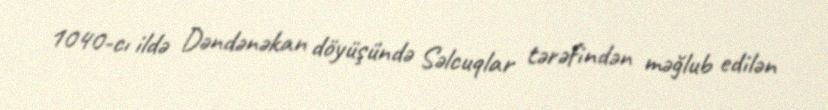
1040-cı ildə Dəndənəkan döyüşündə Səlcuqlar tərəfindən məğlub edilən